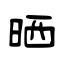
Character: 晒